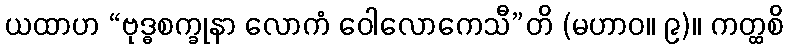
ယထာဟ “ဗုဒ္ဓစက္ခုနာ လောကံ ဝေါလောကေသီ”တိ (မဟာဝ။ ၉)။ ကတ္ထစိ